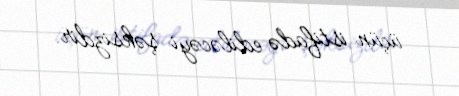
üçün istifadə ediləcəyi şəksizdir.